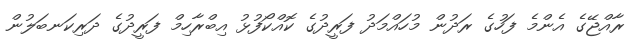
ރާއްޖޭގެ އެންމެ ފަހުގެ ރަދުން މުހައްމަދު ފަރީދުގެ ކޮއްކޯފުޅު އިބްރާހިމް ފަރީދުގެ ދަރިކަނބަލުން